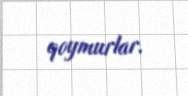
qoymurlar.